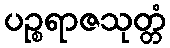
ပဉ္စရာဇသုတ္တံ